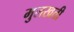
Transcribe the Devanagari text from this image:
मुलखती